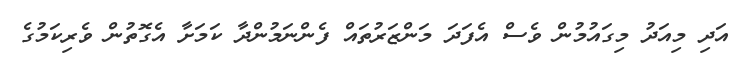
އަދި މިއަދު މިގައުމުން ވެސް އެފަދަ މަންޒަރުތައް ފެންނަމުންދާ ކަމަށާ އެގޮތުން ވެރިކަމުގެ